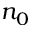
n _ { 0 }